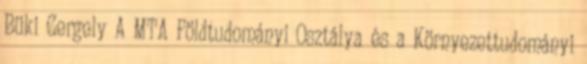
Büki Gergely A MTA Földtudományi Osztálya és a Környezettudományi